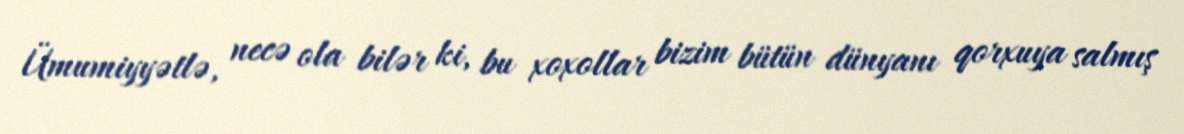
Ümumiyyətlə, necə ola bilər ki, bu xoxollar bizim bütün dünyanı qorxuya salmış